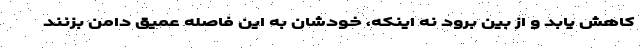
کاهش یابد و از بین برود نه اینکه، خودشان به این فاصله عمیق دامن بزنند